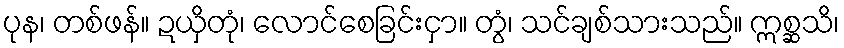
ပုန၊ တစ်ဖန်။ ဍယှိတုံ၊ လောင်စေခြင်းငှာ။ တွံ၊ သင်ချစ်သားသည်။ ဣစ္ဆသိ၊